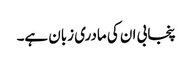
پنجابی ان کی مادری زبان ہے۔